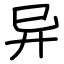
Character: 异